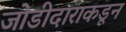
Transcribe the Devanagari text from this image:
जोडीदाराकडून